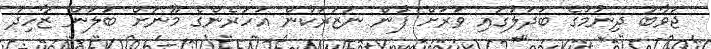
ޖަވާބު ދިނުމުގެ ބަދަލުގައި ވަރަށް ފުން ނަޒަރަކުން އަހަރެންގެ މޫނަށް ބަލަން ޒާހިދު